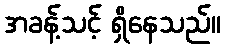
အခန့်သင့် ရှိနေသည်။